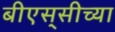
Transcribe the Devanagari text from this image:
बीएस्‌सीच्या